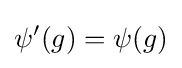
\psi '(g)=\psi (g)